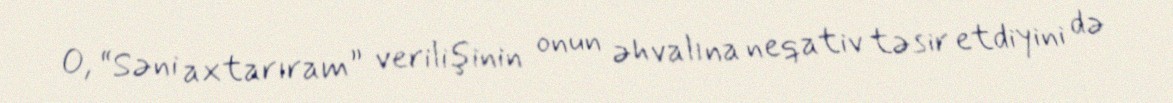
O, “Səni axtarıram” verilişinin onun əhvalına neqativ təsir etdiyini də